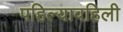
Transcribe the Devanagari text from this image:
पहिल्यावहिली